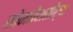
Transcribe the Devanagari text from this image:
सोमतेशतीर्थ